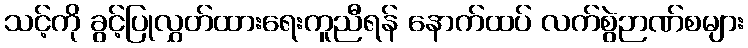
သင့်ကို ခွင့်ပြုလွှတ်ထားရေးကူညီရန် နောက်ထပ် လက်စွဲဉာဏ်စများ